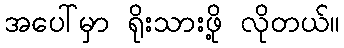
အပေါ်မှာ ရိုးသားဖို့ လိုတယ်။